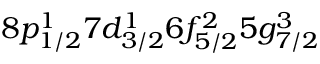
8 p _ { 1 / 2 } ^ { 1 } 7 d _ { 3 / 2 } ^ { 1 } 6 f _ { 5 / 2 } ^ { 2 } 5 g _ { 7 / 2 } ^ { 3 }